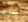
متعبا